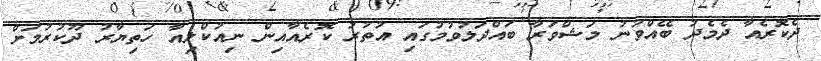
ދެކޮރެއާ ދެމެދު ބޭއްވުނު މަޝްވަރާ ބައްދަލުވުމުގައި އުތުރު ކޮރެއާއިން ނިއުކްލިއާ ހަތިޔާރު ދޫކުރުމަށް